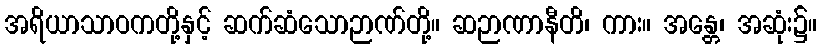
အရိယာသာဝကတို့နှင့် ဆက်ဆံသောဉာဏ်တို့။ ဆဉာဏာနီတိ၊ ကား။ အန္တေ၊ အဆုံး၌။